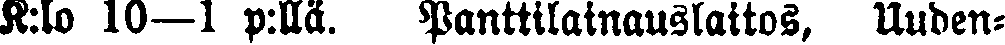
K:lo 10—1 p:llä. Panttilainauslaitos, Uuden-